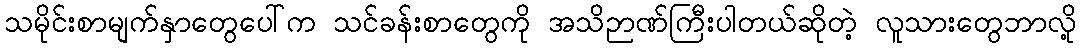
သမိုင်းစာမျက်နှာတွေပေါ်က သင်ခန်းစာတွေကို အသိဉာဏ်ကြီးပါတယ်ဆိုတဲ့ လူသားတွေဘာလို့